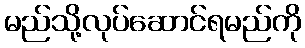
မည်သို့လုပ်ဆောင်ရမည်ကို